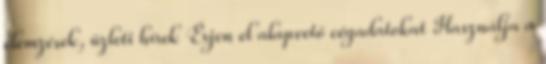
elemzések, üzleti hírek Érjen el alapvető cégadatokat Használja a